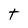
Character: t